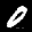
Label: 0